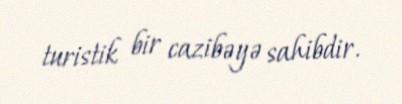
turistik bir cazibəyə sahibdir.